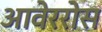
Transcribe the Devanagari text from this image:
आवेररोस